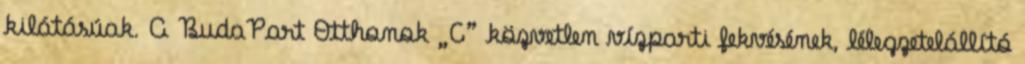
kilátásúak. A BudaPart Otthonok „C” közvetlen vízparti fekvésének, lélegzetelállító